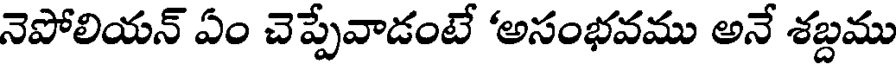
నెపోలియన్ ఏం చెప్పేవాడంటే 'అసంభవము అనే శబ్దము